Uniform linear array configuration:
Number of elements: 12
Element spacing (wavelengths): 0.75
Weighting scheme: exponential
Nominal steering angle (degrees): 0
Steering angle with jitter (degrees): -0.6401
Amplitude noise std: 0.05
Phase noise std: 0.05

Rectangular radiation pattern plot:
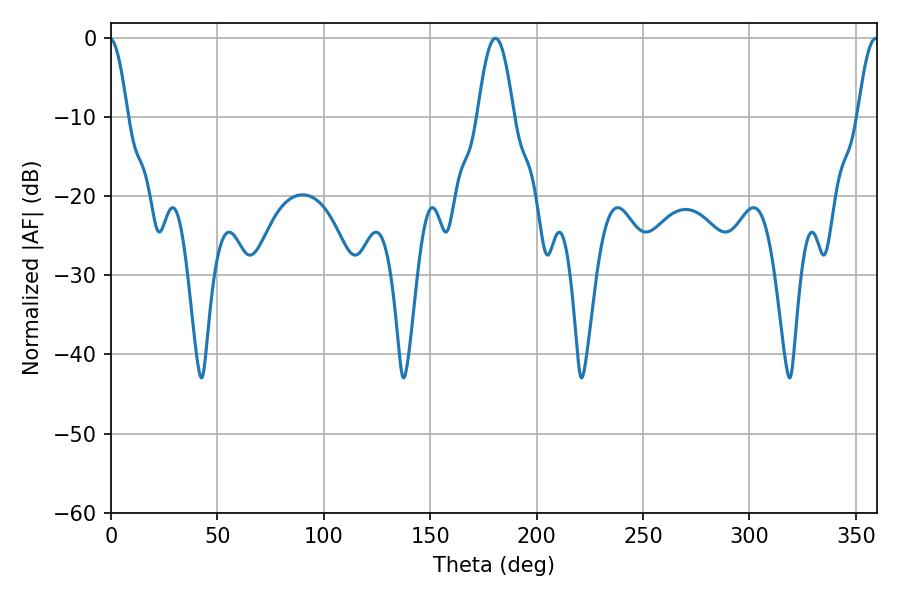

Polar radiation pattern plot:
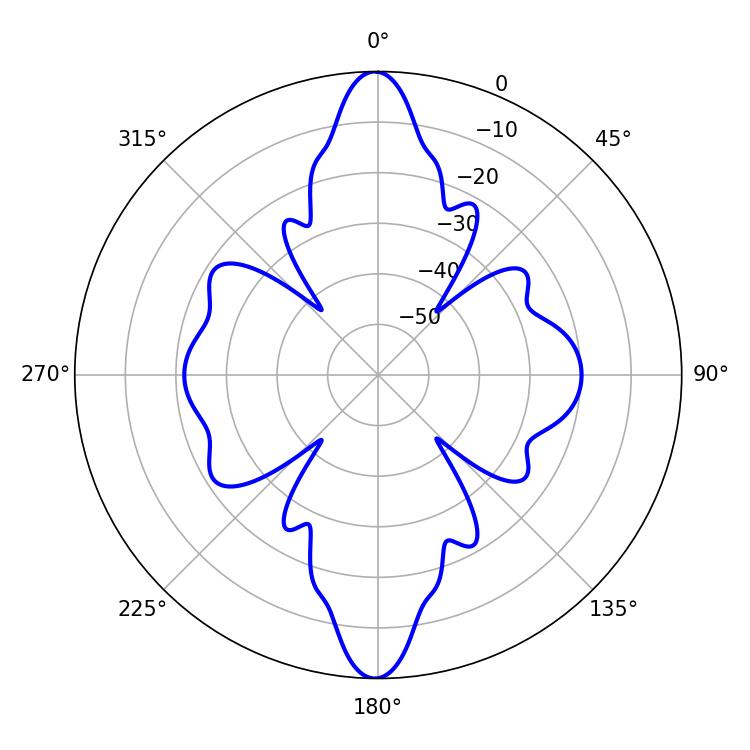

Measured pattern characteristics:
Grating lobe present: TRUE
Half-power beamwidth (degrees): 9.18
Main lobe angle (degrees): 180.72